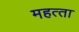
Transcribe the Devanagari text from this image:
महत्‍ता